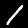
Label: 1